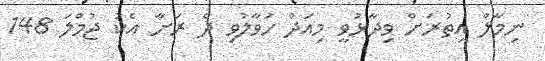
ނިމާލް އިތުރަށް ވިދާޅުވީ މިއަދު ހަވާލުވި ދެ ރަށާ އެކު ޖުމްލަ 148